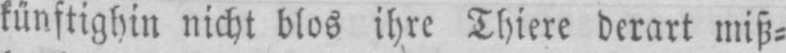
künftighin nicht blos ihre Thiere derart miß⸗